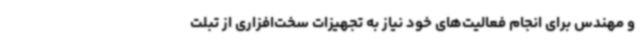
و مهندس برای انجام فعالیت‌های خود نیاز به تجهیزات سخت‌افزاری از تبلت